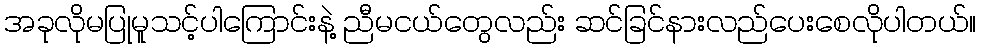
အခုလိုမပြုမူသင့်ပါကြောင်းနဲ့ ညီမငယ်တွေလည်း ဆင်ခြင်နားလည်ပေးစေလိုပါတယ်။